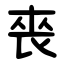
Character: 䘮